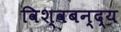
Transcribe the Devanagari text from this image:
विश्वबन्द्य